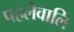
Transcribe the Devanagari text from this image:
पहलेवालि